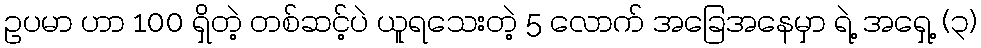
ဥပမာ ဟာ 100 ရှိတဲ့ တစ်ဆင့်ပဲ ယူရသေးတဲ့ 5 လောက် အခြေအနေမှာ ရဲ့ အရှေ့ (၃)